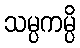
သမ္ပကမ္ပိ